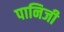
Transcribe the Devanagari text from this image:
पानिजी